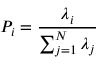
P _ { i } = \frac { \lambda _ { i } } { \sum _ { j = 1 } ^ { N } \lambda _ { j } }